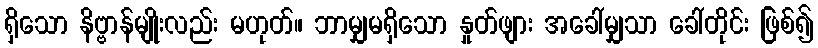
ရှိသော နိဗ္ဗာန်မျိုးလည်း မဟုတ်။ ဘာမျှမရှိသော နှုတ်ဖျား အခေါ်မျှသာ ခေါ်တိုင်း ဖြစ်၍